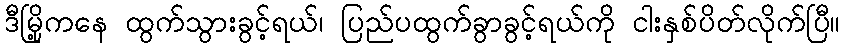
ဒီမြို့ကနေ ထွက်သွားခွင့်ရယ်၊ ပြည်ပထွက်ခွာခွင့်ရယ်ကို ငါးနှစ်ပိတ်လိုက်ပြီ။